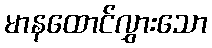
မာနထောင်လွှားသော